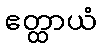
ဧတ္ထာယံ